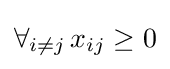
\forall _{i\neq j}\,x_{ij}\geq 0